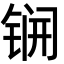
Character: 锎